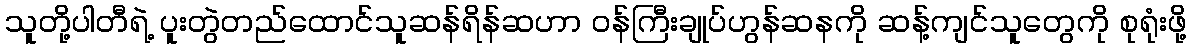
သူတို့ပါတီရဲ့ ပူးတွဲတည်ထောင်သူဆန်ရိန်ဆဟာ ဝန်ကြီးချုပ်ဟွန်ဆနကို ဆန့်ကျင်သူတွေကို စုရုံးဖို့